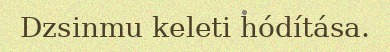
Dzsinmu keleti hódítása.